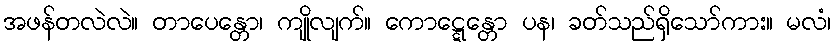
အဖန်တလဲလဲ။ တာပေန္တော၊ ကျိုလျက်။ ကောဋ္ဋေန္တော ပန၊ ခတ်သည်ရှိသော်ကား။ မလံ၊